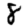
Digit: 8